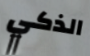
الذكي